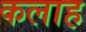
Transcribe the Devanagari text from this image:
कलाह